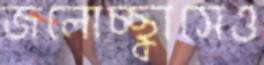
জলোচ্ছ্বাসেও